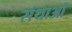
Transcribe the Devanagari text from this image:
संथाओं